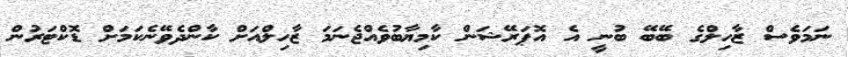
ނަމަވެސް ޒާހިލްގެ ބޭބޭ ބުނީ އެ އޮޕަރޭޝަން ކާމިޔާބުވެއްޖެނަމަ ޒާހިލްއަށް ކާންދެވޭނެކަމަށް ޑޮކްޓަރުން